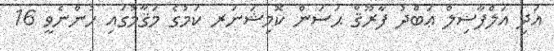
އަދި އަލްފާޟިލް ޢަބްދު ފާރޫޤް ޙަސަން ކޮމިޝަނަރ ކަމުގެ މަޤާމުގައި ހުންނެވީ 16